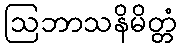
ဩဘာသနိမိတ္တံ